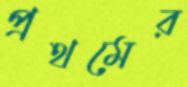
প্রথমের